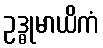
ဥဒ္ဓုမာယိကံ